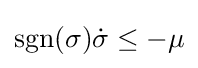
\operatorname {sgn} (\sigma ){\dot {\sigma }}\leq -\mu